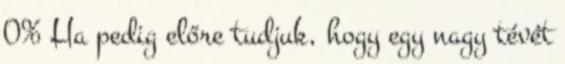
0% Ha pedig előre tudjuk, hogy egy nagy tévét